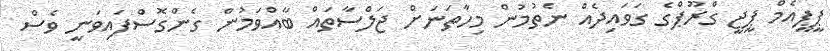
ޕީޕީއެމް ޕީޖީ ގްރޫޕްގެ ގަވައިދެއް ނެތުމުން މިހާތަނަށް ޖަލްސާތައް ބާއްވަމުން ގެންގޮސްފައިވަނީ ވެސް